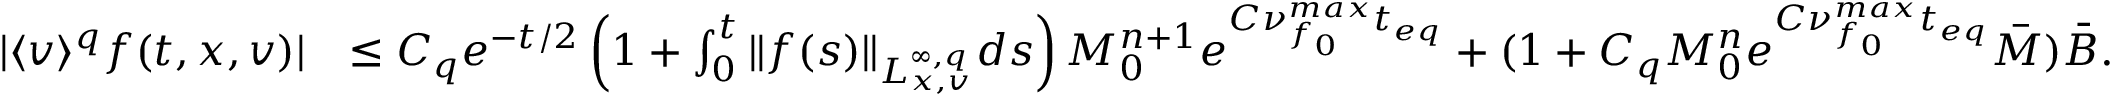
\begin{array} { r l } { \vert \langle v \rangle ^ { q } f ( t , x , v ) \vert } & { \leq C _ { q } e ^ { - t / 2 } \left( 1 + \int _ { 0 } ^ { t } \Vert f ( s ) \Vert _ { L _ { x , v } ^ { \infty , q } } d s \right) M _ { 0 } ^ { n + 1 } e ^ { C \nu _ { f _ { 0 } } ^ { m a x } t _ { e q } } + ( 1 + C _ { q } M _ { 0 } ^ { n } e ^ { C \nu _ { f _ { 0 } } ^ { m a x } t _ { e q } } \overbar { M } ) \bar { B } . } \end{array}